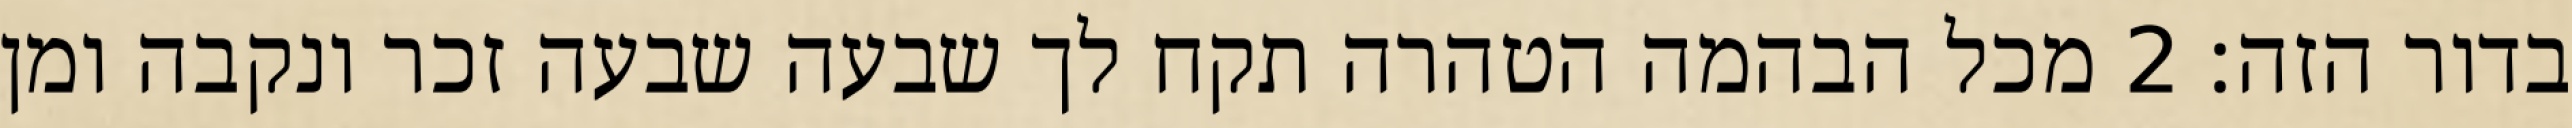
בדור הזה׃ ‎2‏ מכל הבהמה הטהרה תקח לך שבעה שבעה זכר ונקבה ומן